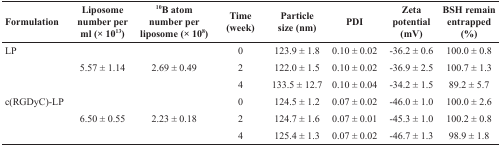
| Formulation | Liposome number per ml (× 1013) | 10B atom number per liposome (× 108) | Time (week) | Particle size (nm) | PDI | Zeta potential (mV) | BSH remain entrapped (%) |
 | --- | --- | --- | --- | --- | --- | --- | --- |
 | LP |  |  | 0 | 123.9 ± 1.8 | 0.10 ± 0.02 | −36.2 ± 0.6 | 100.0 ± 0.8 |
 |  | 5.57 ± 1.14 | 2.69 ± 0.49 | 2 | 122.0 ± 1.5 | 0.10 ± 0.02 | −36.9 ± 2.5 | 100.7 ± 1.3 |
 |  |  |  | 4 | 133.5 ± 12.7 | 0.10 ± 0.04 | −34.2 ± 1.5 | 89.2 ± 5.7 |
 | c(RGDyC)-LP |  |  | 0 | 124.5 ± 1.2 | 0.07 ± 0.02 | −46.0 ± 1.0 | 100.0 ± 2.6 |
 |  | 6.50 ± 0.55 | 2.23 ± 0.18 | 2 | 124.7 ± 1.6 | 0.07 ± 0.01 | −45.3 ± 1.0 | 100.2 ± 0.8 |
 |  |  |  | 4 | 125.4 ± 1.3 | 0.07 ± 0.02 | −46.7 ± 1.3 | 98.9 ± 1.8 |